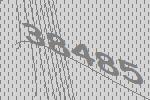
38485